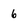
Character: 6